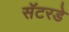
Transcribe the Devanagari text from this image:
सॅटरडे